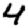
Digit: 4